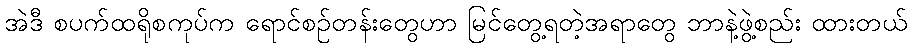
အဲဒီ စပက်ထရိုစကုပ်က ရောင်စဉ်တန်းတွေဟာ မြင်တွေ့ရတဲ့အရာတွေ ဘာနဲ့ဖွဲ့စည်း ထားတယ်